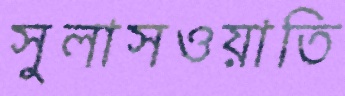
সুলাসওয়াতি